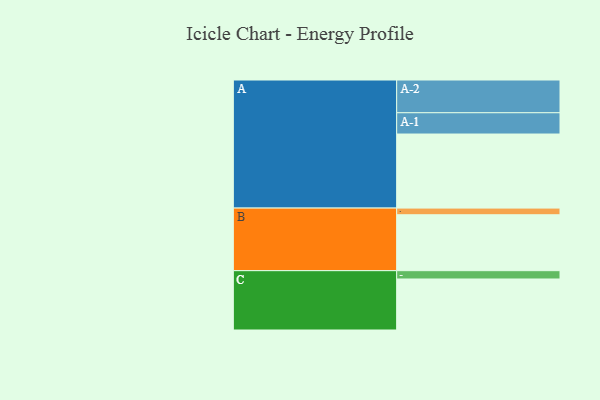
{"axis": {"x": "Segment", "y": "Value"}, "legend": ["", "A", "B", "C"], "data": [{"x": "A", "y": 588, "type": ""}, {"x": "B", "y": 444, "type": ""}, {"x": "C", "y": 405, "type": ""}, {"x": "A-1", "y": 169, "type": "A"}, {"x": "A-2", "y": 260, "type": "A"}, {"x": "B-1", "y": 53, "type": "B"}, {"x": "C-1", "y": 66, "type": "C"}]}